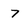
Character: 7